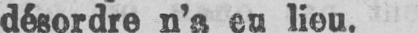
désordre n’a eu lieu.